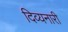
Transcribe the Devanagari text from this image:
दिव्यनारी